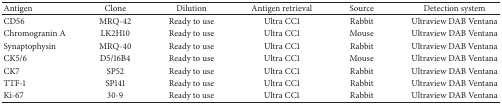
<table><thead><tr><td><b>Antigen</b></td><td><b>Clone</b></td><td><b>Dilution</b></td><td><b>Antigen retrieval</b></td><td><b>Source</b></td><td><b>Detection system</b></td></tr></thead><tbody><tr><td>CD56</td><td>MRQ-42</td><td>Ready to use</td><td>Ultra CC1</td><td>Rabbit</td><td>Ultraview DAB Ventana</td></tr><tr><td>Chromogranin A</td><td>LK2H10</td><td>Ready to use</td><td>Ultra CC1</td><td>Mouse</td><td>Ultraview DAB Ventana</td></tr><tr><td>Synaptophysin</td><td>MRQ-40</td><td>Ready to use</td><td>Ultra CC1</td><td>Rabbit</td><td>Ultraview DAB Ventana</td></tr><tr><td>CK5/6</td><td>D5/16B4</td><td>Ready to use</td><td>Ultra CC1</td><td>Mouse</td><td>Ultraview DAB Ventana</td></tr><tr><td>CK7</td><td>SP52</td><td>Ready to use</td><td>Ultra CC1</td><td>Rabbit</td><td>Ultraview DAB Ventana</td></tr><tr><td>TTF-1</td><td>SP141</td><td>Ready to use</td><td>Ultra CC1</td><td>Rabbit</td><td>Ultraview DAB Ventana</td></tr><tr><td>Ki-67</td><td>30-9</td><td>Ready to use</td><td>Ultra CC1</td><td>Rabbit</td><td>Ultraview DAB Ventana</td></tr></tbody></table>